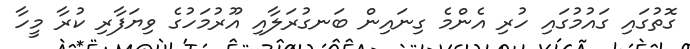
ގޮތުގައި ގައުމުގައި ހުރި އެންމެ ގިނައިން ބަނގުރަލާއި އޫރުމަހުގެ ވިޔަފާރި ކުރާ މީހާ